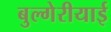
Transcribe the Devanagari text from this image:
बुल्गेरीयाई